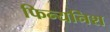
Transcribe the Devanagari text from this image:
फिन्यनिश